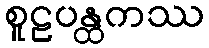
စူဠပန္ထကဿ